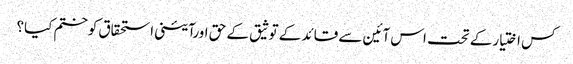
کس اختیارکے تحت اس آئین سے قائد کے توثیق کے حق اورآئینی استحقاق کوختم کیا؟